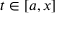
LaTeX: t \in [ a , x ]